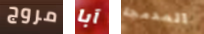
مروج آبا المدمجة